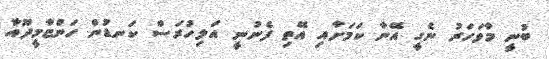
ބުނީ މާވަހަރު ނެގީ އޭނާ ކަމަށާއި އޭތި ފެނުނީ އަލިހުރަސް ކަނޑުން ހަންޏާމީދޫއާ